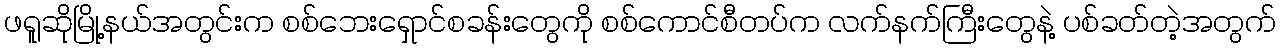
ဖရူဆိုမြို့နယ်အတွင်းက စစ်ဘေးရှောင်စခန်းတွေကို စစ်ကောင်စီတပ်က လက်နက်ကြီးတွေနဲ့ ပစ်ခတ်တဲ့အတွက်